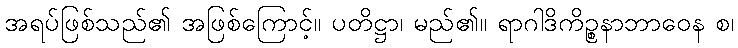
အရပ်ဖြစ်သည်၏ အဖြစ်ကြောင့်။ ပတိဋ္ဌာ၊ မည်၏။ ရာဂါဒိကိဉ္စနာဘာဝေန စ၊